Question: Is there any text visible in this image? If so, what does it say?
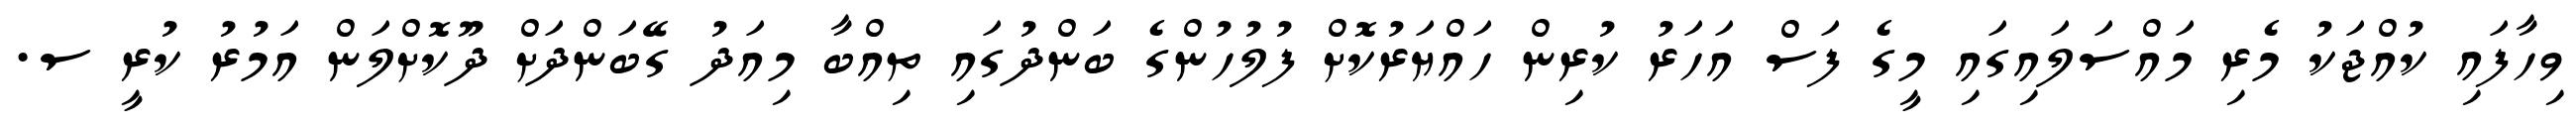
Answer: ވިހާފައި ކުއްޖަކު މެރި މައްސަލައިގައި މީގެ ފަސް އަހަރު ކުރިން ހައްޔަރުކޮށް ފުލުހުންގެ ބަންދުގައި ތިއްބާ މިއަދު ގޭބަންދަށް ދޫކޮށްލަން އަމުރު ކުރީ ސ.